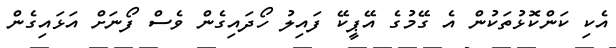
އެކި ކަންކޮޅުތަކުން އެ ގޭމުގެ އޭޕީކޭ ފައިލު ހޯދައިގެން ވެސް ފޯނަށް އަޅައިގެން